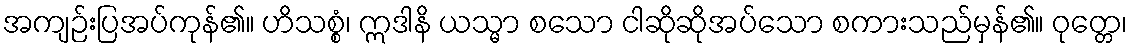
အကျဉ်းပြအပ်ကုန်၏။ ဟိသစ္စံ၊ ဣဒါနိ ယသ္မာ စသော ငါဆိုဆိုအပ်သော စကားသည်မှန်၏။ ဝုတ္တေ၊